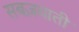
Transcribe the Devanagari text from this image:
सबज़याती